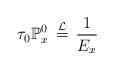
LaTeX: \begin{align*}\tau_0\mathbb{P}_x^0\,\stackrel{\mathcal{L}}{=}\, \frac{1}{E_x}\end{align*}